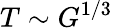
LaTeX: T\sim G^{1/3}